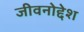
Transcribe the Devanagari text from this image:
जीवनोद्देश